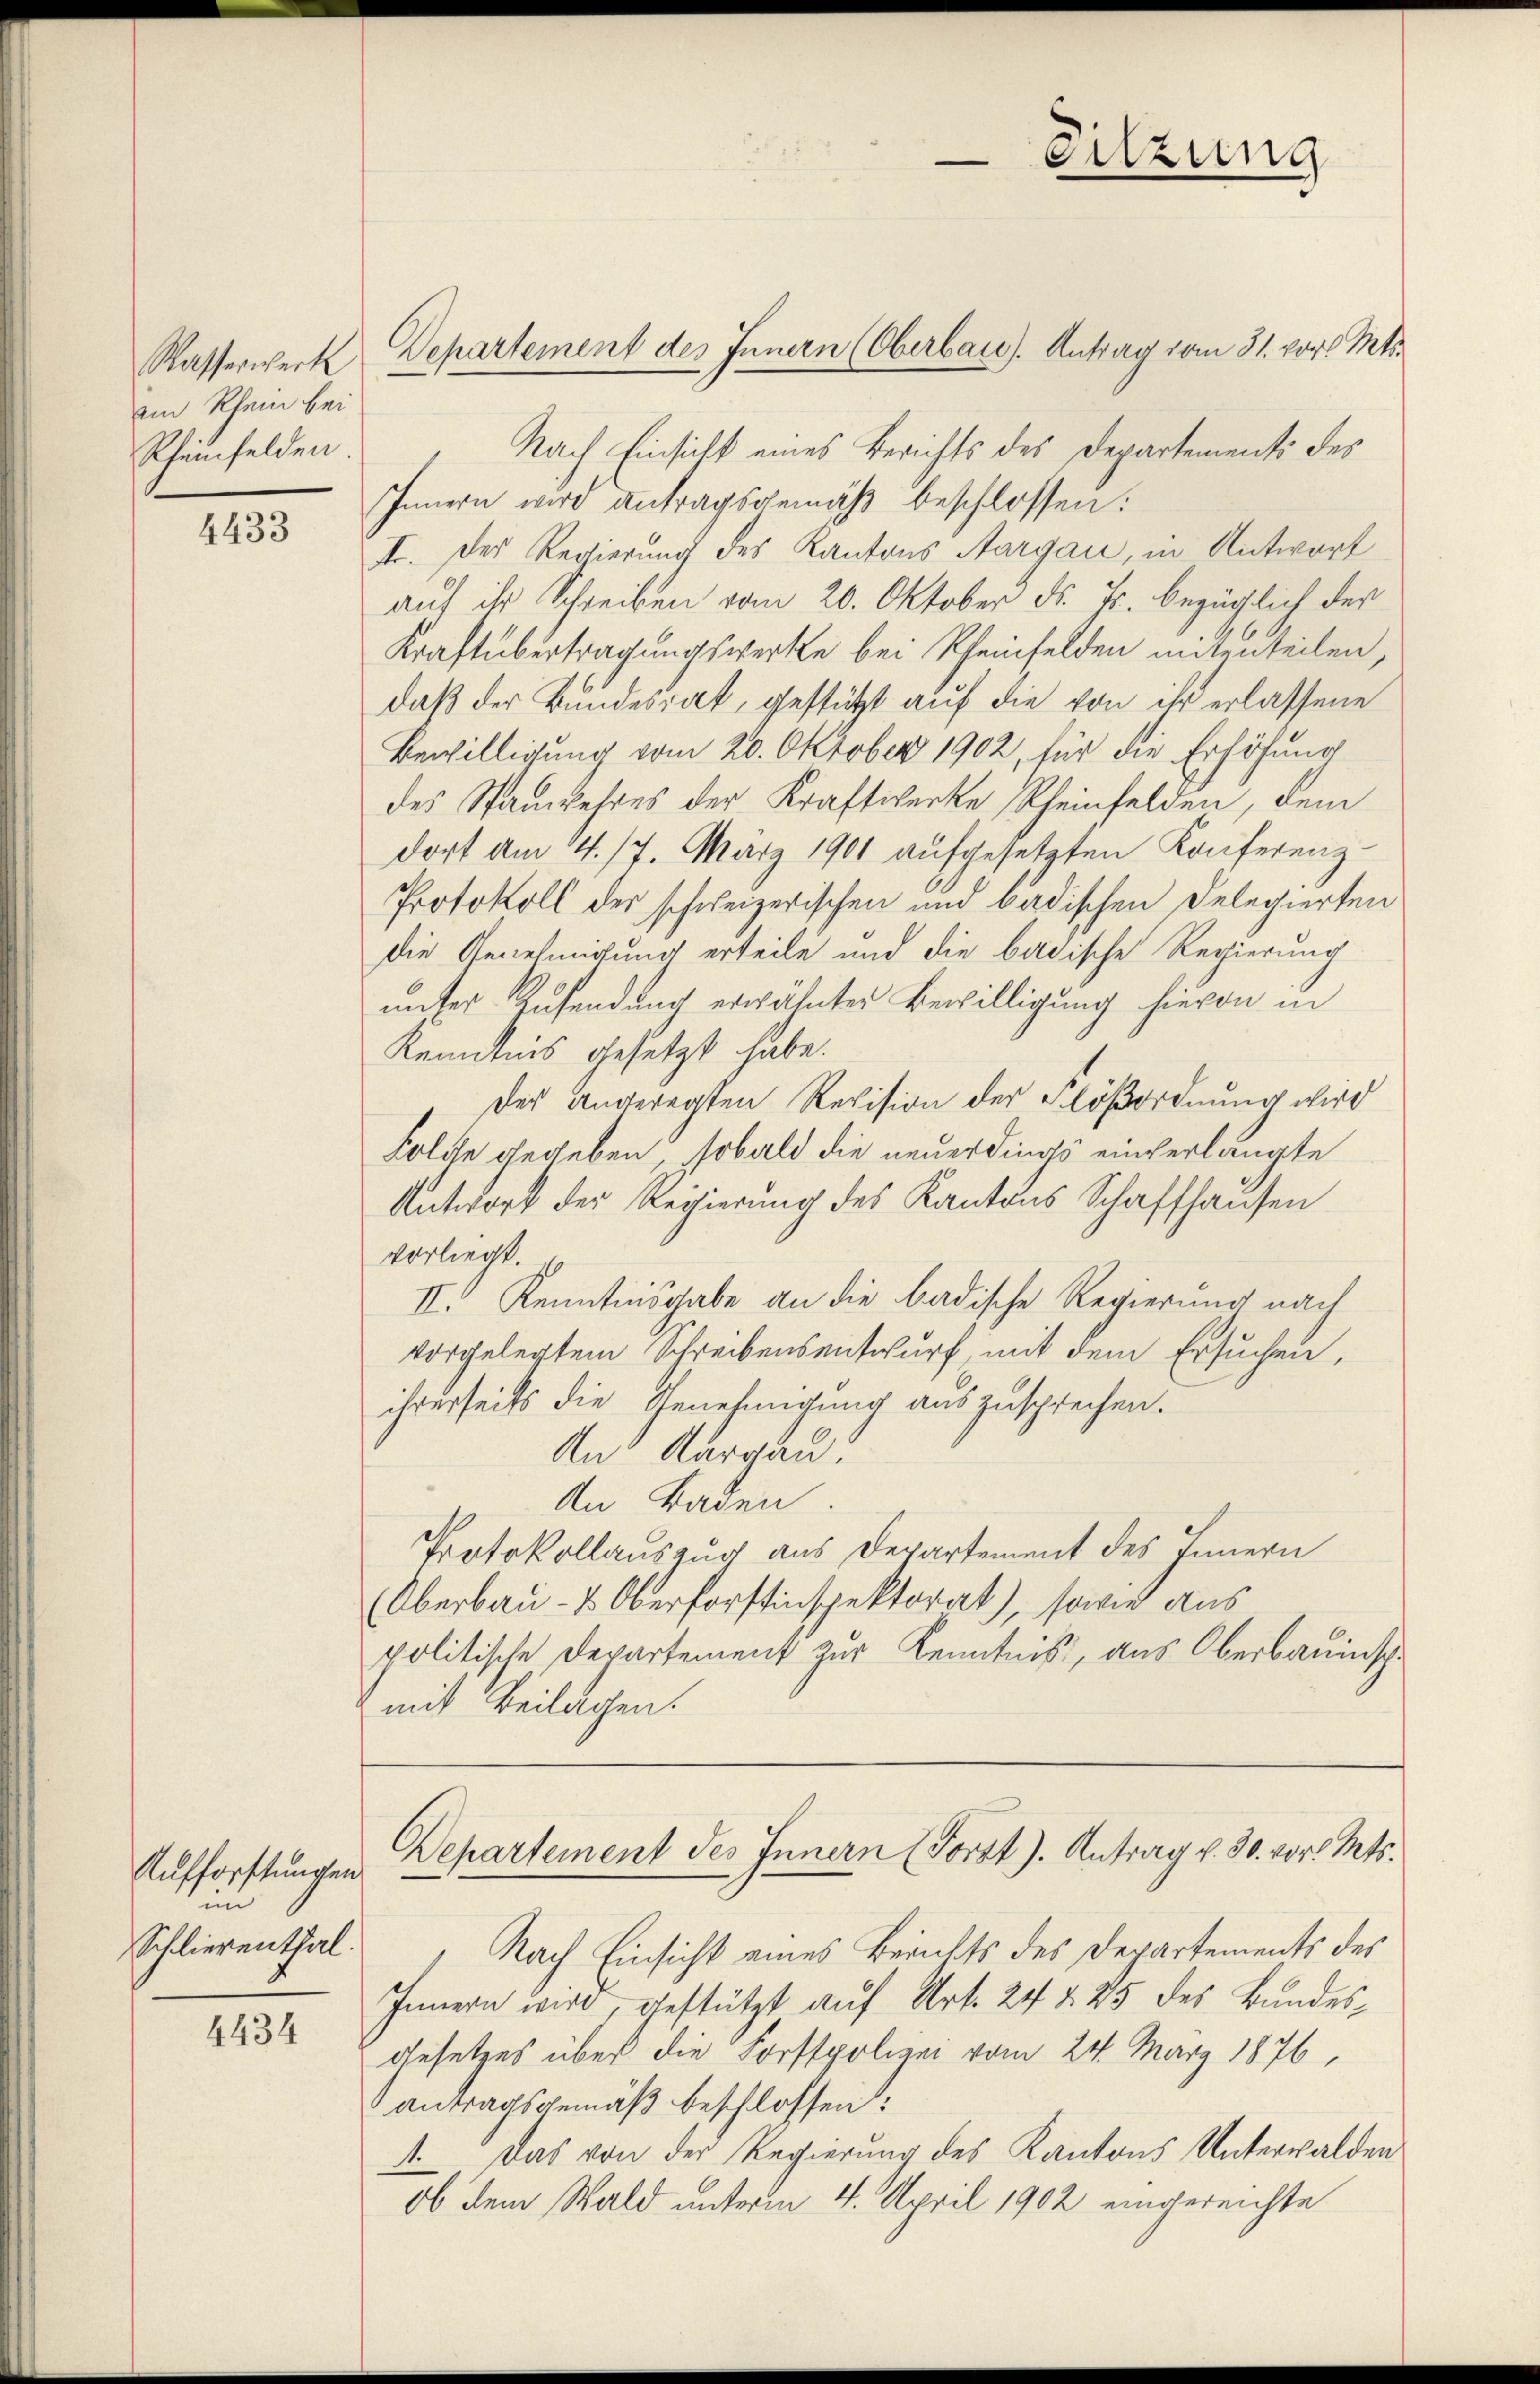
ain Rhein bei
Rheinfelden

4433

Aufforstungen
in
Schlierenthal.

4434

Nach Einsicht eines Berichts des Departements des
Innern wird Antragsgemäß beschlossen:
F. Der Regierung des Kantons Aargau, in Antwort
auf ihr Schreiben vom 20. Oktober d. Js. bezüglich der
Kraftübertragungswerke bei Rheinfelden mitzuteilen,
daß der Bundesrat, gestützt auf die von ihr erlassene
Bewilligung vom 20. Oktober 1902, für die Erhöhung
des Stanwehres der Kraftwerke Rheinfelden, dem
dort am 4. 17. März 1901 aufgesetzten Konferenz-
Protokoll der schweizerischen und badischen Delegierten
die Genehmigung erteile und die badische Regierung
unter Zusendung erwähnter Bewilligung hievon in
Kenntnis gesetzt habe.
der angeregten Revision der Flößordnung wird
Folde gegeben, sobald die neuerdings einverlangte
Antwort der Regierung des Kantons Schaffhausen
vorliegt.
II. Kenntnisgabe an die badische Regierung nach
vorgelegtem Schreibensentwurf mit dem Ersuchen,
ihrerseits die Genehmigung auszusprechen.
An Aargau
An Baden.
Protokollauszug aus Departement des Innern
Oberbau- & Oberforstinspektorat), sowie aus
politische Departement zur Kenntnis, aus Oberbauinschmit Beilagen.

Wasserwerk, Departement des Innern (Oberbau). Antrag vom 31. vor. Mts.

Sitzung

Departement des Innern (Fortt). Antrag v. 30. vor. Mts.

Nach Einsicht eines Berichts des Departements des
Innern wird, gestützt auf Art. 24 § 25 des Bundes¬
Gesetzes über die Forstpolizei vom 24. März 1876,
antragsgemäß beschlossen:
A. Das von der Regierung des Kantons Unterwalden
ob dem Wald unterm 4. April 1902 eingereichte